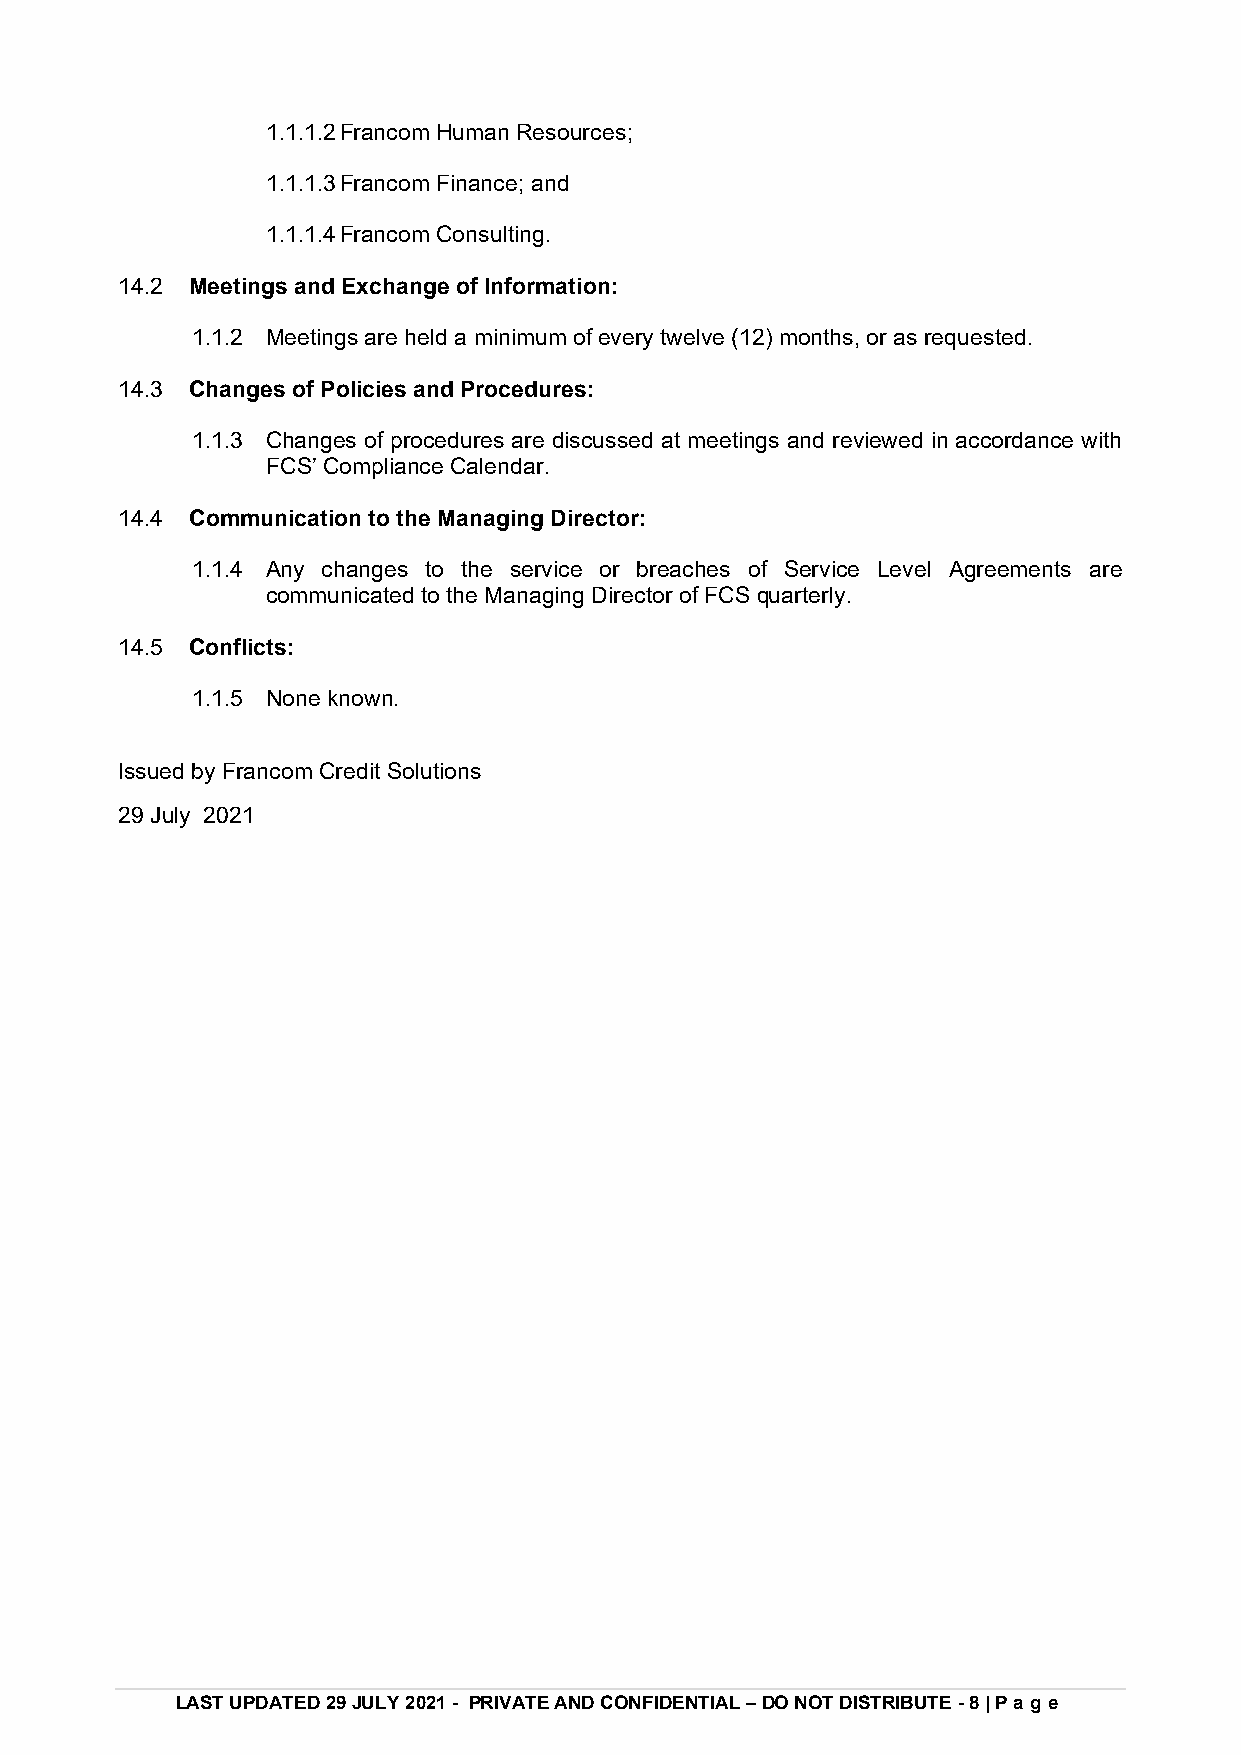
1.1.1.2 Francom Human Resources;
 1.1.1.3 Francom Finance; and
 1.1.1.4 Francom Consulting.
 14.2 Meetings and Exchange of Information:
 1.1.2 Meetings are held a minimum of every twelve (12) months, or as requested.
 14.3 Changes of Policies and Procedures:
 1.1.3 Changes of procedures are discussed at meetings and reviewed in accordance with
 FCS’ Compliance Calendar.
 14.4 Communication to the Managing Director:
 1.1.4 Any changes to the service or breaches of Service Level Agreements are
 communicated to the Managing Director of FCS quarterly.
 14.5 Conflicts:
 1.1.5 None known.
 Issued by Francom Credit Solutions
 29 July 2021
 LAST UPDATED 29 JULY 2021 - PRIVATE AND CONFIDENTIAL – DO NOT DISTRIBUTE - 8 | Pag e